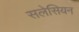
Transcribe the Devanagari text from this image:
सलेसियन